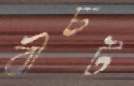
বীচট